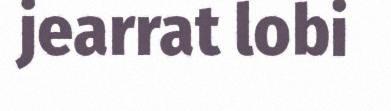
jearrat lobi